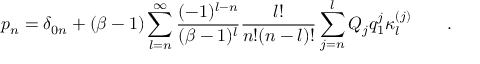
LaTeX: p _ { n } = \delta _ { 0 n } + ( \beta - 1 ) \sum _ { l = n } ^ { \infty } \frac { ( - 1 ) ^ { l - n } } { ( \beta - 1 ) ^ { l } } \frac { l ! } { n ! ( n - l ) ! } \sum _ { j = n } ^ { l } Q _ { j } q _ { 1 } ^ { j } \kappa _ { l } ^ { ( j ) } \qquad .